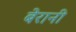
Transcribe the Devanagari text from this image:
बेरानी